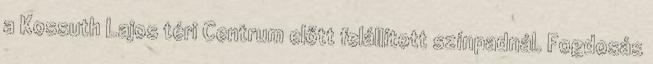
a Kossuth Lajos téri Centrum előtt felállított színpadnál. Fogdosás